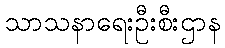
သာသနာရေးဦးစီးဌာန